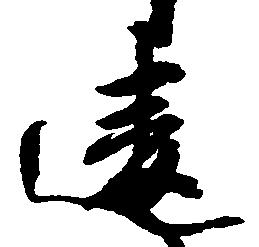
違